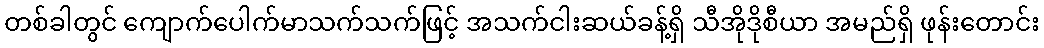
တစ်ခါတွင် ကျောက်ပေါက်မာသက်သက်ဖြင့် အသက်ငါးဆယ်ခန့်ရှိ သီအိုဒိုစီယာ အမည်ရှိ ဖုန်းတောင်း